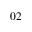
0 2